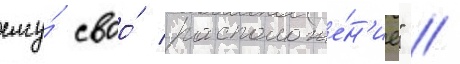
ему́ своо́ расположе́н'ие" //